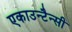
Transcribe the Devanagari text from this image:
एकाउन्टैन्सी